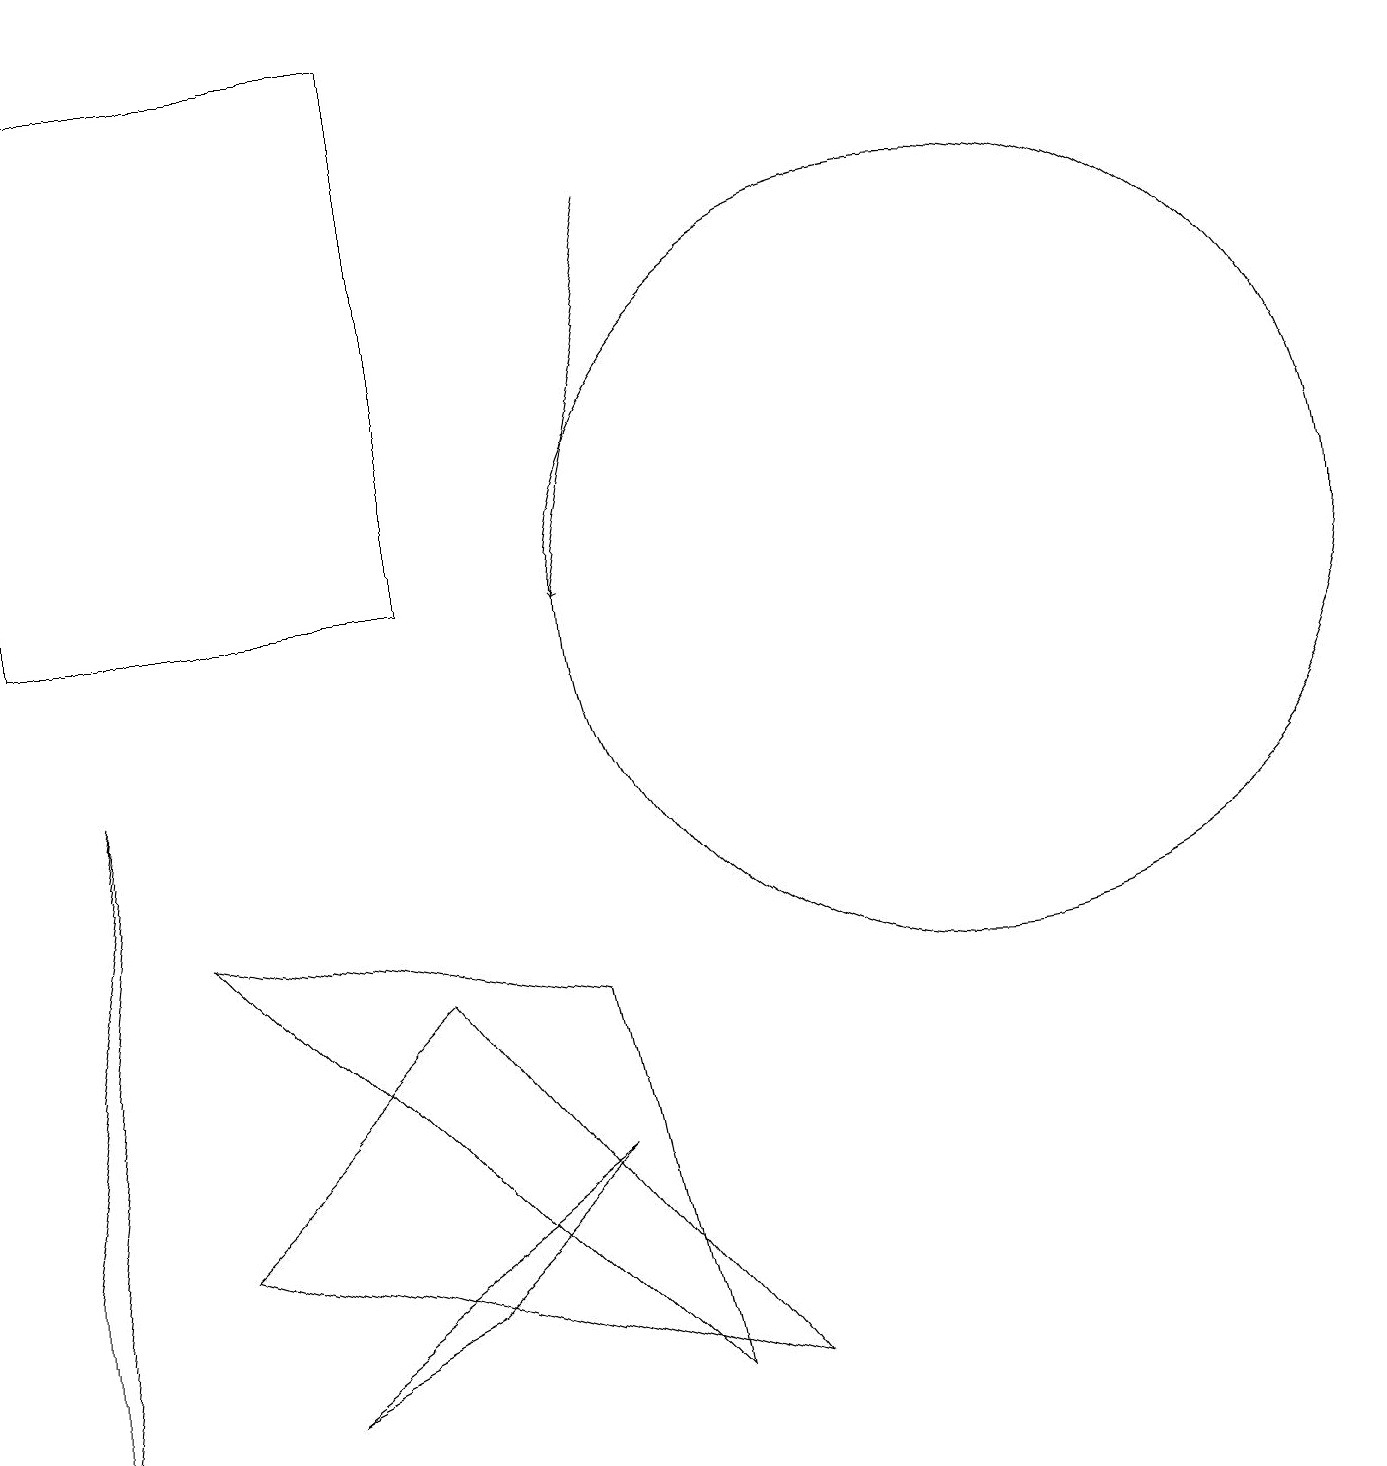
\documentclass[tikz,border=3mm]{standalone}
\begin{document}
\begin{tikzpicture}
\draw (12,11) circle (5);
\draw (7,6) -- (8,1) -- (2,7) -- cycle;
\draw (1,9) -- (0,3) -- (0,0) -- cycle;
\draw (3,1) -- (7,4) -- (5,2) -- cycle;
\draw (0,18) rectangle (5,11);
\draw[->] (8,16) -- (7,11);
\draw (9,1) -- (2,3) -- (5,6) -- cycle;
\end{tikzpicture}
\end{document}